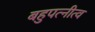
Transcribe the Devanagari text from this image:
बहुपत्‍नीत्व